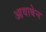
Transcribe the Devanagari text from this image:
आवाबेन